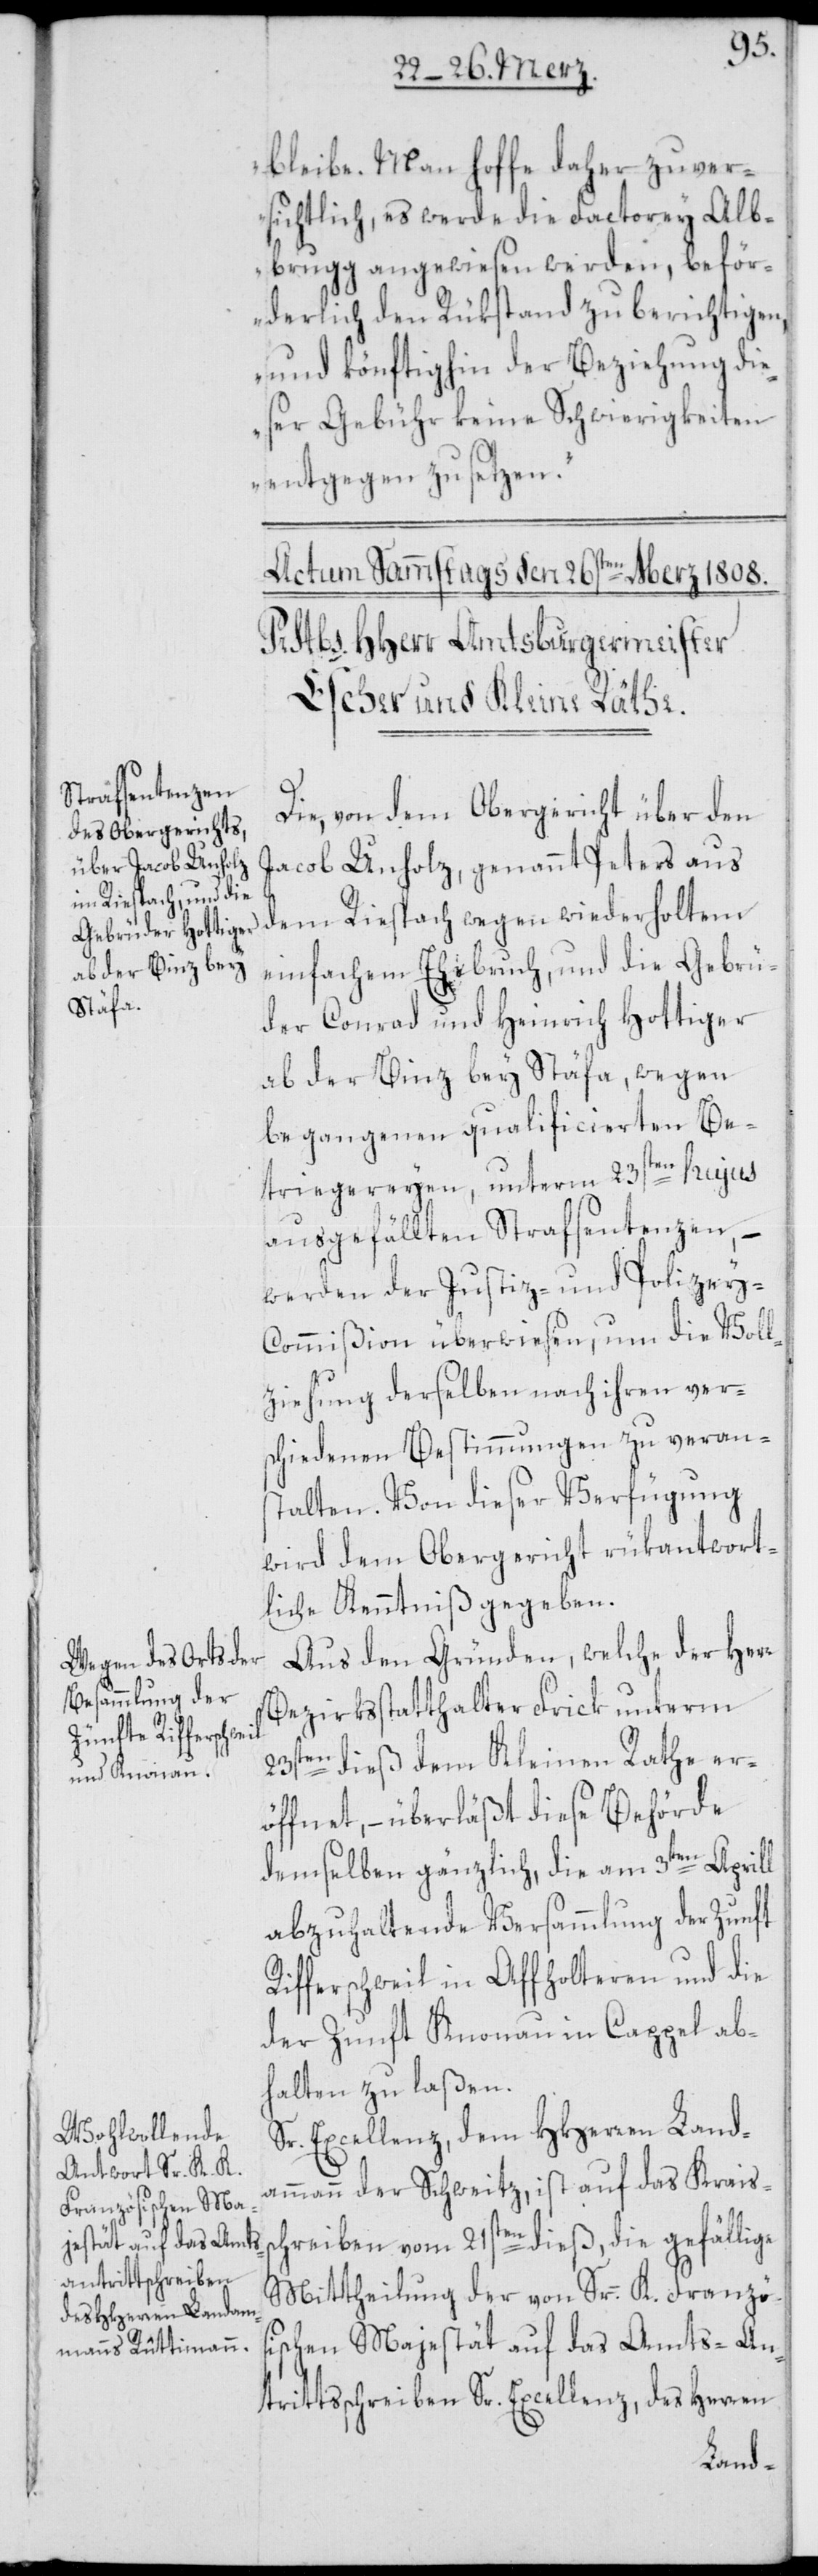
bleibe. Man hoffe daher zuver¬
sichtlich, es werde die Factorey Alb¬
brugg angewiesen werden, beför¬
derlich den Rükstand zu berichtigen,
und könftighin der Beziehung die¬
ser Gebühr keine Schwierigkeiten
entgegen zu setzen.“
Die, von dem Obergericht über den
Jacob Unholz, genannt Peters aus
dem Reispach wegen wiederholtem
einfachem Ehebruch, und die Gebrü¬
der Conrad und Heinrich Hottiger
ab der Binz bey Stäfa, wegen
begangenen qualificierten Be¬
triegereyen, unterm 23sten hujus
ausgefällten Strafsentenzen, –
werden der Justiz- und Polizey-C¬
ommißion überwiesen, um die Voll¬
ziehung derselben nach ihren ver¬
schiedenen Bestimmungen zu veran¬
stalten. Von dieser Verfügung
wird dem Obergericht rükantwort¬
liche Kenntniß gegeben.
Aus den Gründen, welche der Herr
Bezirksstatthalter Frick unterm
23sten dieß dem Kleinen Rathe er¬
öffnet, – überläßt diese Behörde
demselben gänzlich, die am 3ten Aprill
abzuhaltende Versammlung der Zunft
Rifferschweil in Affholteren und die
der Zunft Knonau in Cappel ab¬
halten zu laßen.
Sr. Excellenz, dem HHerren Land¬
ammann der Schweitz, ist auf das Kraiss¬
chreiben vom 21sten dieß, die gefällige
Mittheilung der von Sr. K. Französ¬
ischen Majestät auf das Amts-An¬
trittschreiben Sr. Excellenz, des Herren